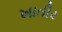
ખાતીર